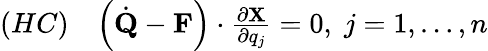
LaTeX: \begin{array}{ll}{(HC)}&{\left({\dot{\mathbf Q}}-{\mathbf F}\right)\cdot\frac{\partial{\mathbf X}}{\partial q_{j}}=0,\; j=1,\dots,n}\end{array}